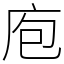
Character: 庖